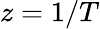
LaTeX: z=1/T